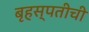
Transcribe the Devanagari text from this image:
बृहस्पतीची